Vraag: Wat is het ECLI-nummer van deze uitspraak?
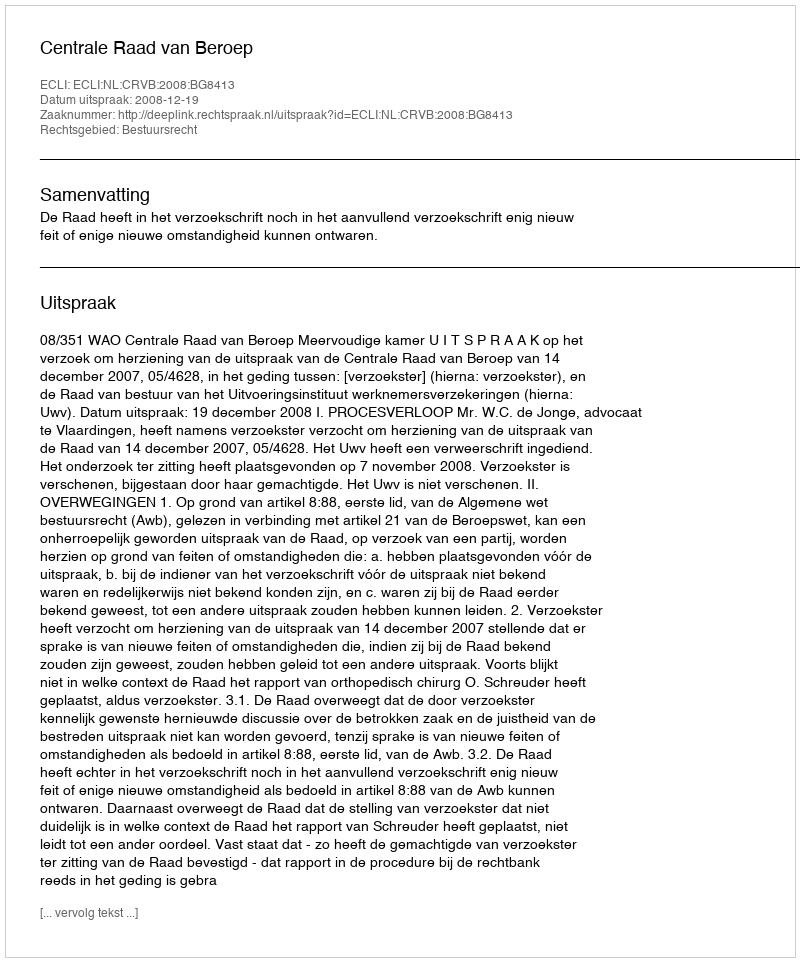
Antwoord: ECLI:NL:CRVB:2008:BG8413